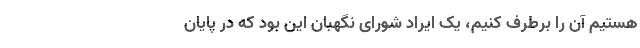
هستیم آن را برطرف کنیم، یک ایراد شورای نگهبان این بود که در پایان